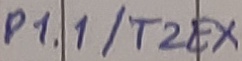
Text: P1.1/T2EX